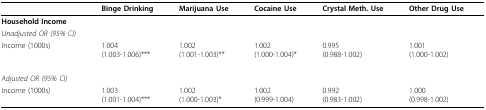
<table><thead><tr><td></td><td><b>Binge Drinking</b></td><td><b>Marijuana Use</b></td><td><b>Cocaine Use</b></td><td><b>Crystal Meth. Use</b></td><td><b>Other Drug Use</b></td></tr></thead><tbody><tr><td><b>Household Income</b></td><td></td><td></td><td></td><td></td><td></td></tr><tr><td><i>Unadjusted OR (95% CI)</i></td><td></td><td></td><td></td><td></td><td></td></tr><tr><td>Income (1000s)</td><td>1.004(1.003-1.006)***</td><td>1.002(1.001-1.003)**</td><td>1.002(1.000-1.004)*</td><td>0.995(0.988-1.002)</td><td>1.001(1.000-1.002)</td></tr><tr><td><i>Adjusted OR (95% CI)</i></td><td></td><td></td><td></td><td></td><td></td></tr><tr><td>Income (1000s)</td><td>1.003(1.001-1.004)***</td><td>1.002(1.000-1.003)*</td><td>1.002(0.999-1.004)</td><td>0.992(0.983-1.002)</td><td>1.000(0.998-1.002)</td></tr></tbody></table>